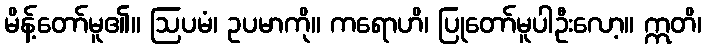
မိန့်တော်မူ၏။ ဩပမံ၊ ဥပမာကို။ ကရောဟိ၊ ပြုတော်မူပါဦးလော့။ ဣတိ၊